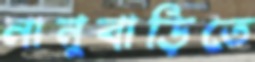
নানুবাড়িতে